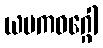
ယမကဝဂ္ဂေါ